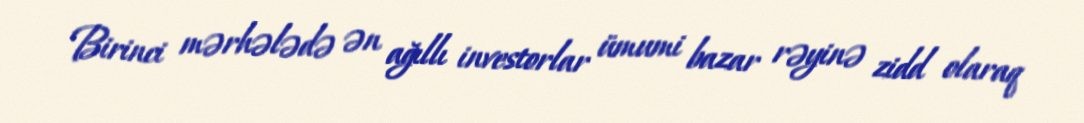
Birinci mərhələdə ən ağıllı investorlar ümumi bazar rəyinə zidd olaraq